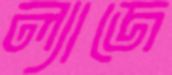
ল্যাজে